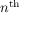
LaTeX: n ^ { \mathrm { t h } }